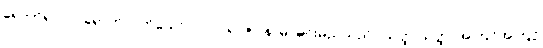
ရောက်၍။ ဝါ၊ ရောက်လတ်သော်။ {၀၇} ရာဇာ နာမ၊ မင်းမည်သည်။ ယတ္ထ ယတ္ထ၊ အကြင်အကြင်